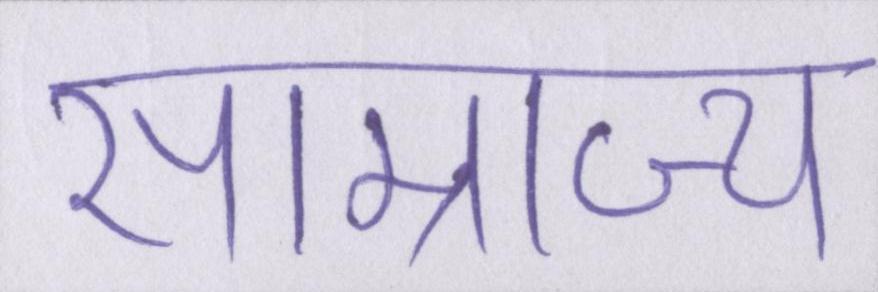
साम्राज्य